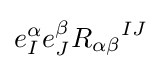
e_{I}^{\alpha }e_{J}^{\beta }{R_{\alpha \beta }}^{IJ}